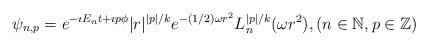
LaTeX: \begin{align*}\psi_{n,p}=e^{-\imath E_n t+\imath p\phi}|r|^{|p|/k}e^{-(1/2)\omega r^2}L_n^{|p|/k}(\omega r^2), (n \in \mathbb{N}, p \in \mathbb{Z})\end{align*}